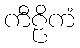
ကီဠိကံ